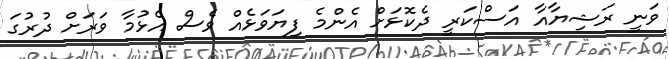
ވަނީ ރަޝިޔާއާ އަސްކަރީ ދެކޮޅަށް އެންމެ ފިޔަވަޅެއް ވެސް އެޅުމާ ވަރަށް ދުރުގަ